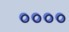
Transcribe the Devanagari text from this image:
००००